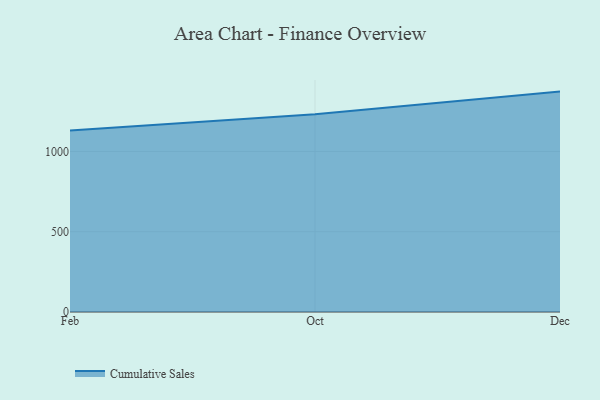
{"axis": {"x": "Month", "y": "Demand Index"}, "legend": ["Cumulative Sales"], "data": [{"x": "Feb", "y": 1130.6, "type": "Cumulative Sales"}, {"x": "Oct", "y": 1231.1, "type": "Cumulative Sales"}, {"x": "Dec", "y": 1372.9, "type": "Cumulative Sales"}]}